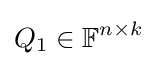
Q_{1}\in \mathbb {F} ^{n\times k}